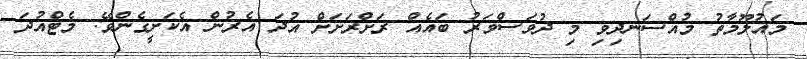
މައުލޫމާތު މުއްސަނދިވި މި ދުވަސްވަރު ބައެއް ރަށްރަށަށް އުދަ އެރުން އެކަށީގެންވޭ: މެޓްއުދަ